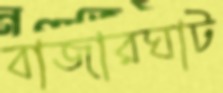
বাজারঘাট